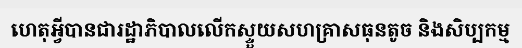
ហេតុអ្វីបានជារដ្ឋាភិបាលលើកស្ទួយសហគ្រាសធុនតូច និងសិប្បកម្ម